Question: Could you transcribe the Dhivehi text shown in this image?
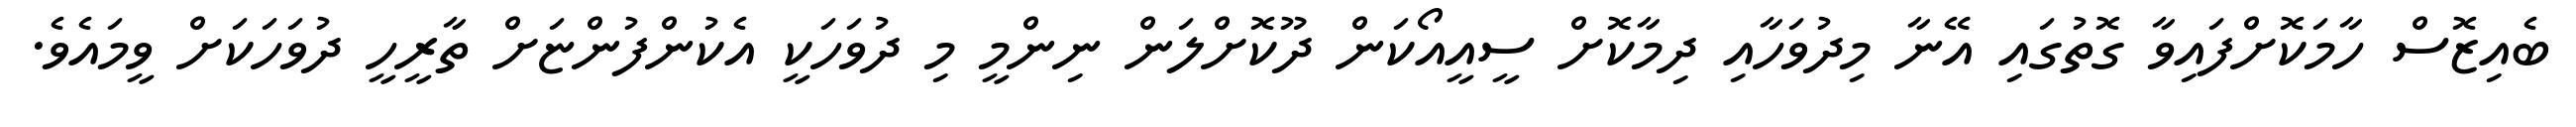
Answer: ބެއިޒޮސް ހާމަކޮށްފައިވާ ގޮތުގައި އޭނާ މިދުވަހާއި ދިމާކޮށް ސީއީއޯކަން ދޫކޮށްލަން ނިންމީ މި ދުވަހަކީ އެކުންފުންޏަށް ތާރީހީ ދުވަހަކަށް ވީމައެވެ.